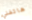
هاتفني